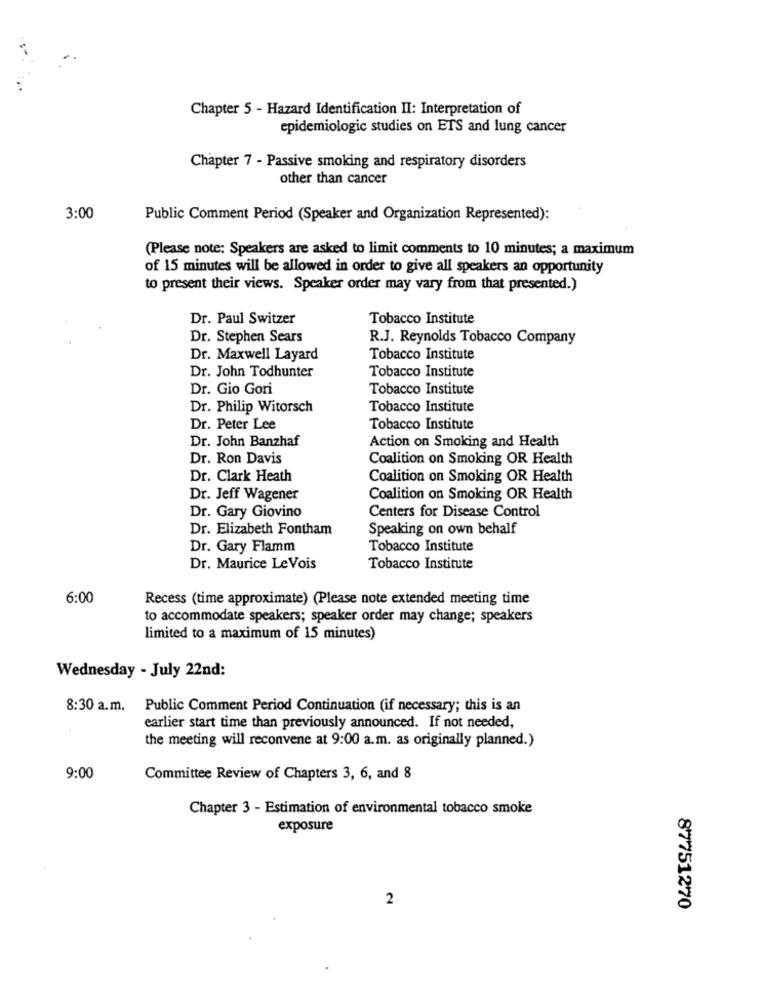
Chapter 5 - Hazard Identification II: Interpretation of
epidemiologic studies on ETS and lung cancer
Chapter 7 - Passive smoking and respiratory disorders
other than cancer
3:00
Public Comment Period (Speaker and Organization Represented):
(Please note: Speakers are asked to limit comments to 10 minutes; a maximum
of 15 minutes will be allowed in order to give all speakers an opportunity
to present their views. Speaker order may vary from that presented.)
Dr. Paul Switzer
Tobacco Institute
Dr. Stephen Sears
R.J. Reynolds Tobacco Company
Dr. Maxwell Layard
Tobacco Institute
Dr. John Todhunter
Tobacco Institute
Dr. Gio Gori
Tobacco Institute
Dr. Philip Witorsch
Tobacco Institute
Dr. Peter Lee
Tobacco Institute
Dr. John Banzhaf
Action on Smoking and Health
Dr. Ron Davis
Coalition on Smoking OR Health
Dr. Clark Heath
Coalition on Smoking OR Health
Dr. Jeff Wagener
Coalition on Smoking OR Health
Dr. Gary Giovino
Centers for Disease Control
Dr. Elizabeth Fontham
Speaking on own behalf
Dr. Gary Flamm
Tobacco Institute
Dr. Maurice LeVois
Tobacco Institute
6:00
Recess (time approximate) (Please note extended meeting time
to accommodate speakers; speaker order may change; speakers
limited to a maximum of 15 minutes)
Wednesday - July 22nd:
8:30 a.m.
Public Comment Period Continuation (if necessary; this is an
earlier start time than previously announced. If not needed,
the meeting will reconvene at 9:00 a.m. as originally planned.)
9:00
Committee Review of Chapters 3, 6, and 8
Chapter 3 - Estimation of environmental tobacco smoke
exposure
2
87751270